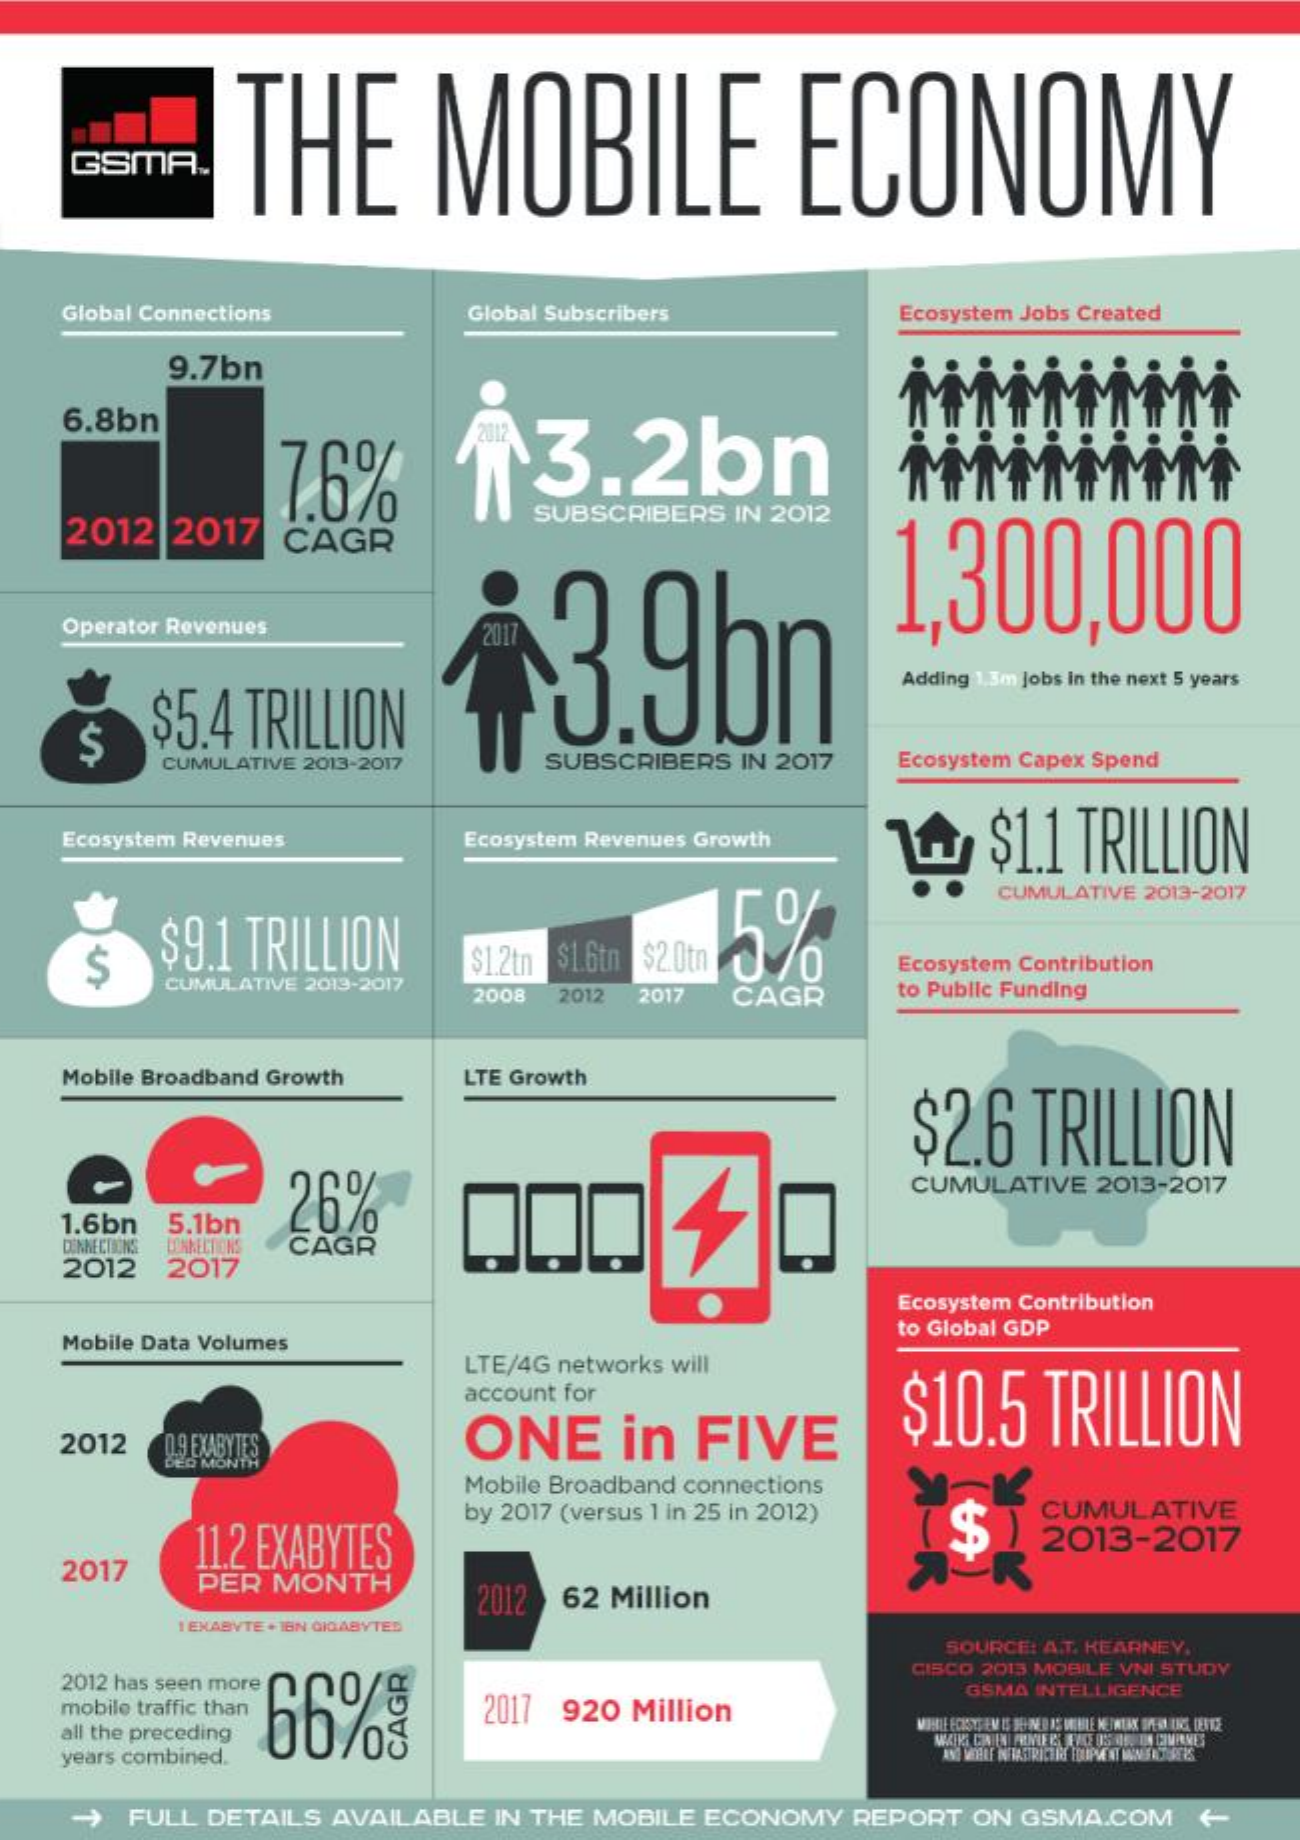
THE    MOBILE    ECONOMY
    GSMA.
    Global Connections    Global Subscribers    Ecosystem Jobs Created
     9.7bn
    6.8bn
     7.6%
     2012
     3.2bn
    2012  2017  CAGR
     SUBSCRIBERS IN 2012
     3.9bn
     1,300,000
    Operator Revenues
     $5.4 TRILLION
     Adding 1.3m jobs in the next 5 years
     $
     CUMULATIVE 2013-2017 SUBSCRIBERS IN 2017 Ecosystem Capex Spend
    Ecosystem Revenues    Ecosystem Revenues Growth    $1.1 TRILLION
     5%
     CUMULATIVE 2013-2017
     $
     $9.1 TRILLION    $1.2tn $1.6tn $2.0tn    Ecosystem Contribution
     CUMULATIVE 2019-2017
     2008 2012 2017 CAGR    to Public Funding
    Mobile Broadband Growth LTE Growth
     $2.6  TRILLION
     26%
     CUMULATIVE 2013-2017
    1.6bn 5.1bn
    DENNE CIONS CONNECTIONS CAGR
    2012  2017
     Ecosystem Contribution
    Mobile Data Volumes
     to Global GDP
     LTE/4G networks will
     account for
     0.9.EXABYTES    ONE    in  FIVE    $10.5   TRILLION
    2012
     Mobile Broadband connections
     11.2 EXABYTES
     by 2017 (versus 1 in 25 in 2012)
     $    CUMULATIVE
     2013-2017
    2017
     PER MONTH
     2012 62 Million
     EXABYTE . EN GIGABYTES
     SOURCE: A.T. KEARNEY.
    2012 has seen more
     CISCO 2013 MOBILE VNI STUDY
    mobile traffic than 66%% 2017 920 Million
     GSMA INTELLIGENCE
    all the preceding
     WITHNUE ECUSYRIEN IS JEHNED IS MEBILE HEIMLAX SPERLING DENTE
    years combined.
     FULL DETAILS AVAILABLE IN THE MOBILE ECONOMY REPORT ON GSMA.COM